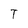
Character: T